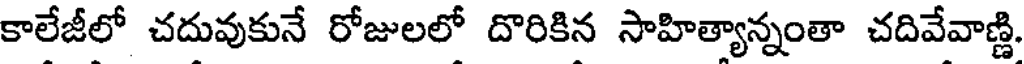
కాలేజీలో చదువుకునే రోజులలో దొరికిన సాహిత్యాన్నంతా చదివేవాణ్ణి.